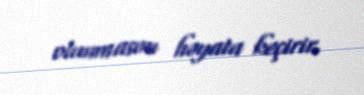
olunmasını həyata keçirir.